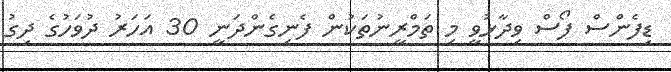
ޑިފެންސް ފޯސް ވިދާޅުވީ މި ތަމްރީނުތަކުން ފެނިގެންދަނީ 30 އަހަރު ދުވަހުގެ ދިގު